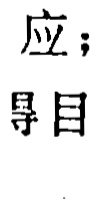
应;  導目